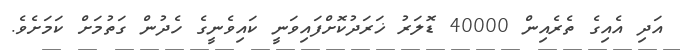
އަދި އެއިގެ ތެރެއިން 40000 ޑޮލަރު ޚަރަދުކޮށްފައިވަނީ ކައިވެނީގެ ހެދުން ގަތުމަށް ކަމަށެވެ.